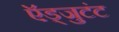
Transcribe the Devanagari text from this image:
ऍड्जुटंट